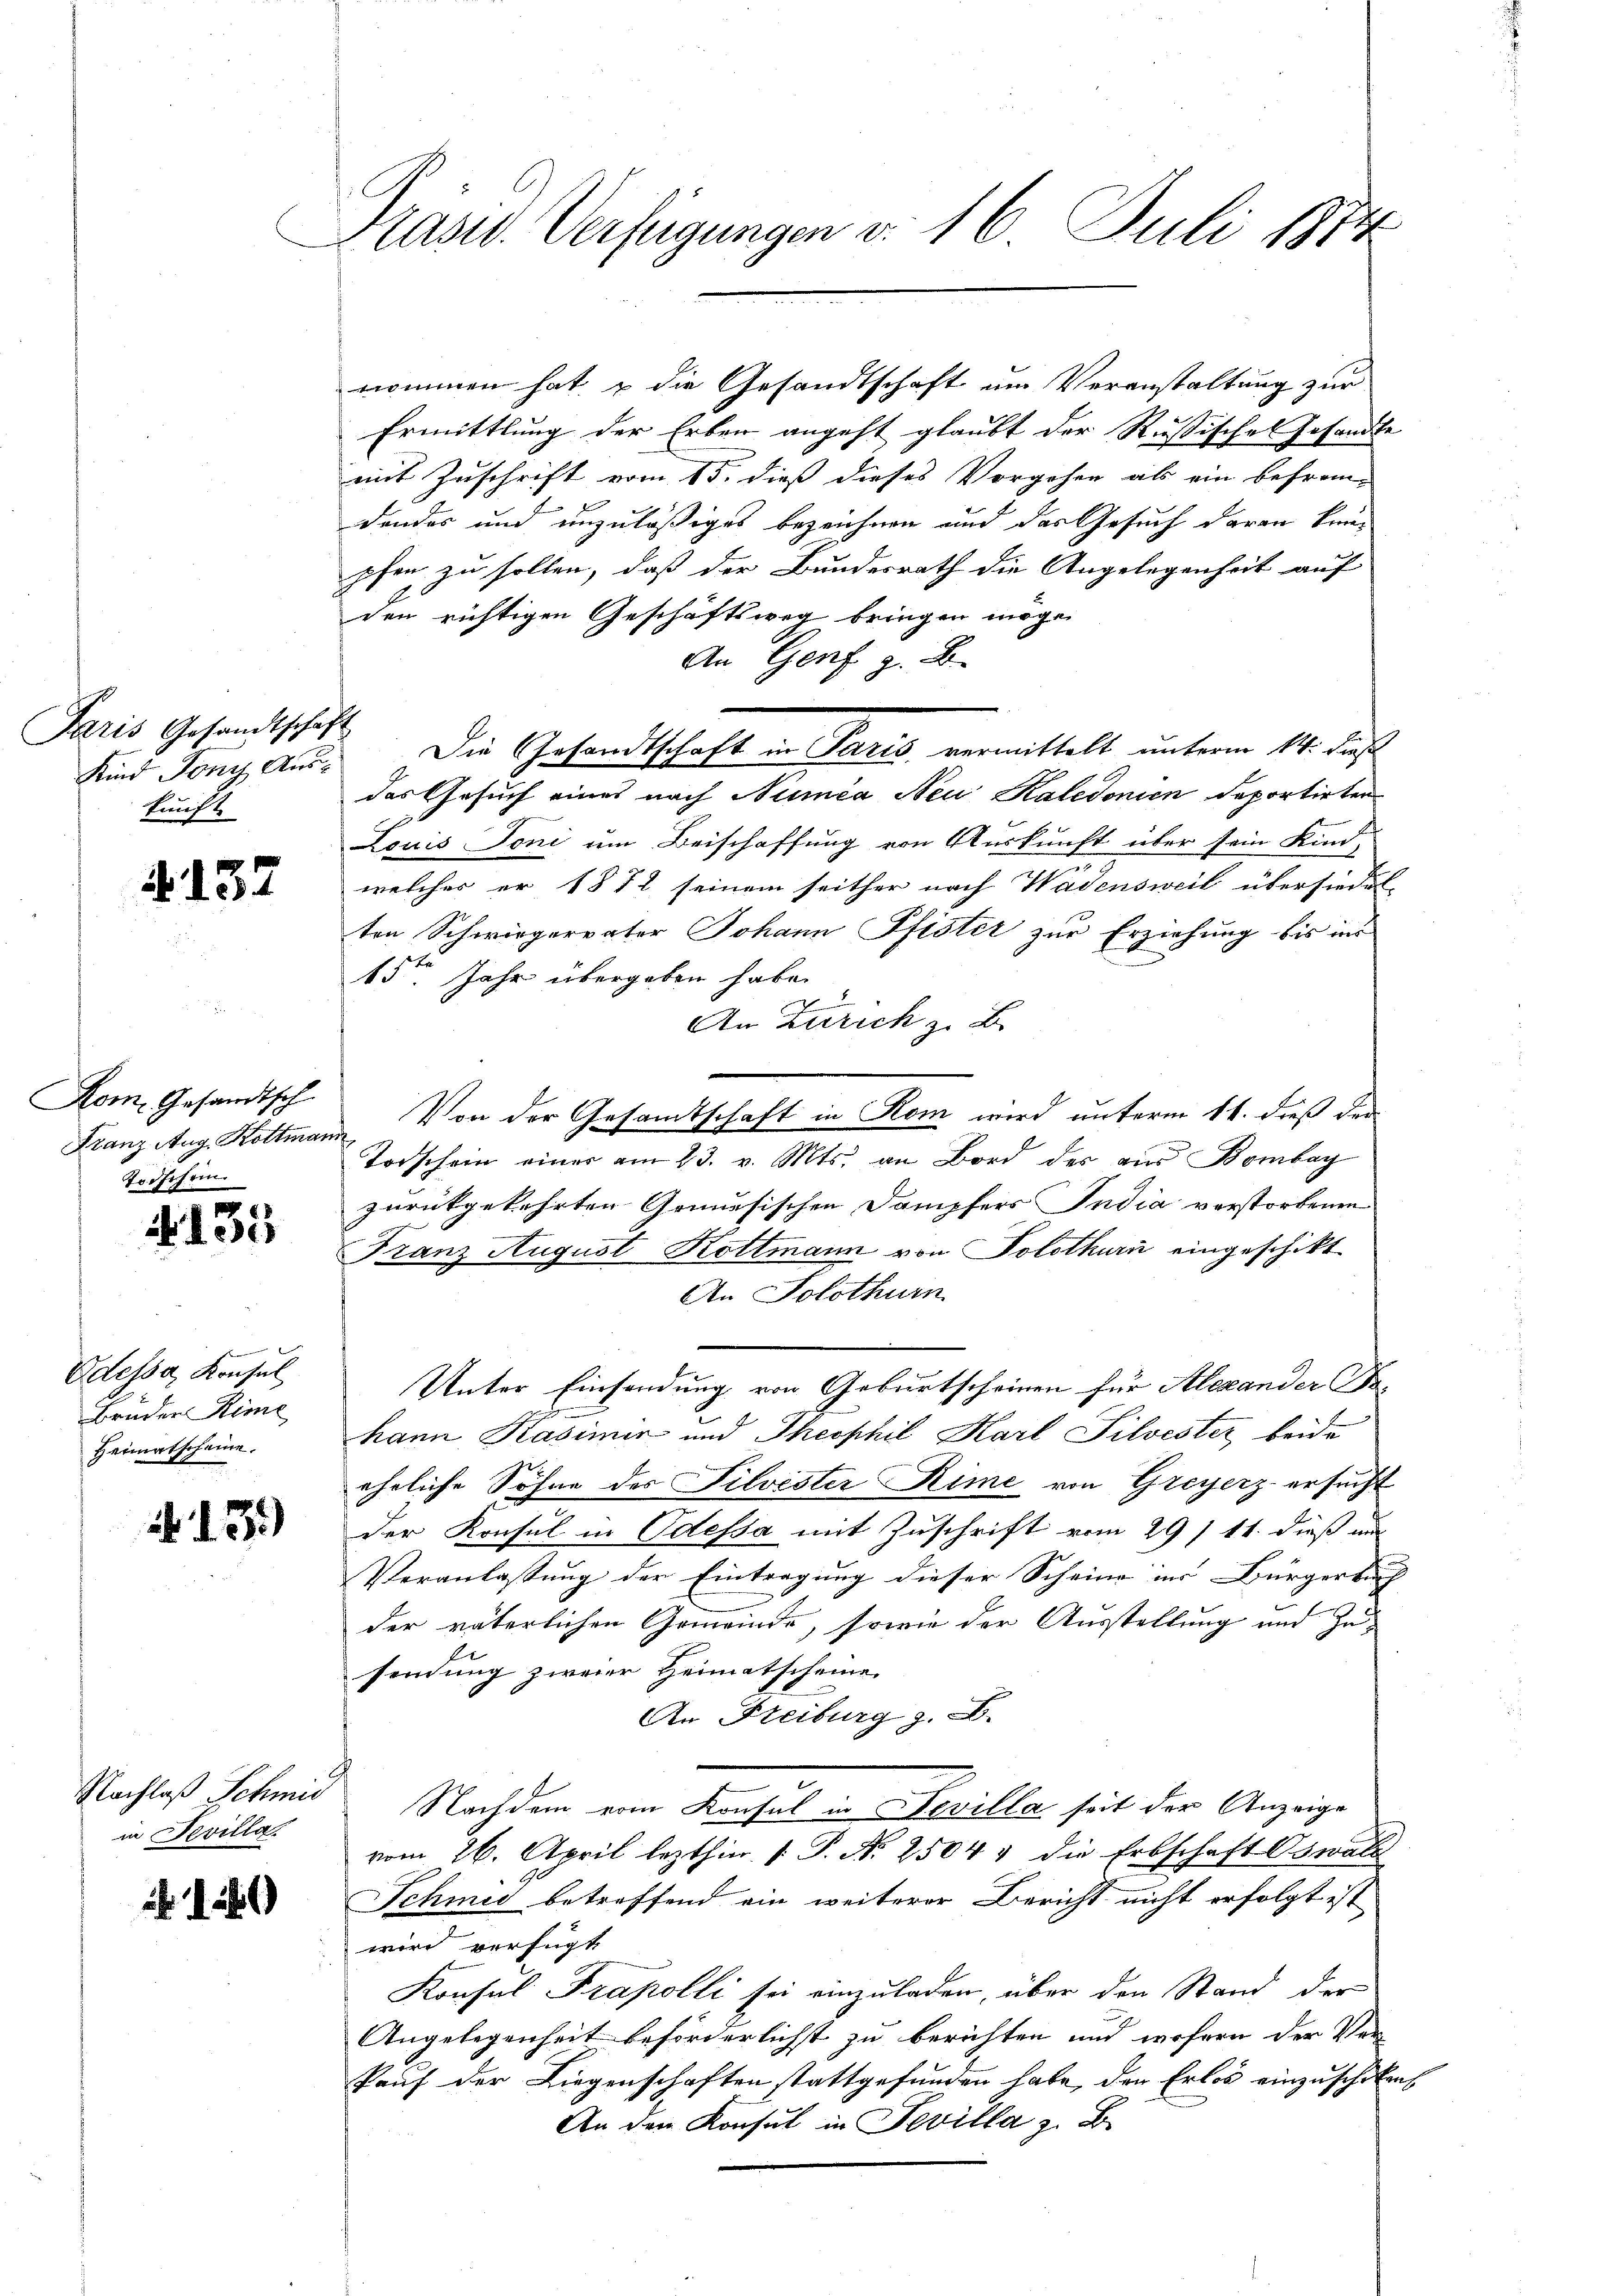
Paris Gesandtschaf
Kind Jony Auskunft

4.137

Rom. Gesandtsch
Franz Aug. Hottman
Todschein

N. 133

B eine
Odessa, Konsul
Bruder Hime
Heimatschaine.

. 135.)

Nachlaß Schmid
in Devillat

1

Präsid. Verfügungen d. 16. Juli 1874

nommen hat & die Gesandtschaft um Veranstaltung zur
Ermittlung der Erben angeht glaubt der Rußische Gesandte
mit Zuschrift vom 15. dieß dieses Vorgehen als ein befrem-
donder und unzuläßiges bezeichnen und das Gesuch daran keipfen zu sollen, daß der Bundesrath die Angelegenheit auf
den richtigen Geschäftsweg bringen möge.
An Genf z. B.
E
Die Gesandtschaft in Paris, vermittelt unterm 14. dieß
das Gesuch eines nach Numea Neu Kaledonien deportirten
Louis Toni um Beischaffung von Auskunft über sein Kind,
welcher er 1872 seinem seither nach Wädensweil übersiedet
ten Schwiegervater Johann Pfister zur Erziehung bis ins
15ten Jahr übergeben habe.
An Zürich z. B.
Von der Gesamtschaft in Rom wird unterm 14. dieß der
¬
Todschein einer am 23. v. Mts. an Bord der aus Bombay
zurückgekehrten Gemüsischen Dampfers India verstorbenen
Franz August Kottmann von Solothurn eingeschikt
An Solothurn
Unter Einsendung von Geburtscheinen für Alexander Behann Kasimir und Theophil Karl Silvester beide
ehrliche Söhne des Silvester Rime von Greyerz ersucht
Der Konsul in Odessa mit Zuschrift vom 29/ 11. dieß mi
Veranlassung der Eintragung dieser Scheine ins Bürgerbach
der väterlichen Gemeinde, sowie der Ausstellung und Zusendung zweier Heimatscheine.
An Freiburg z. B.
Nachdem vom Konsul u. Fevilla seit der Anzeige
vom 26. April lezthin 1 P. N. 2504 & die Erbschaft Oswald
Schmid betreffend ein weiterer Bericht nicht erfolgt ist
wird verfügt
Konsul Frapolli sei einzuladen, über den Stand der
Angelegenheit beförderlichst zu berichten und wofern der Ver-
Pauf der Liegenschaften stattgefunden habe, der Erlös einzuschiken
An den Konsul in Fevilla z. B.